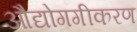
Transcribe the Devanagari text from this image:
औद्योगगीकरण